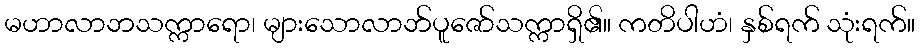
မဟာလာဘသက္ကာရော၊ များသောလာဘ်ပူဇော်သက္ကာရှိ၏။ ကတိပါဟံ၊ နှစ်ရက် သုံးရက်။